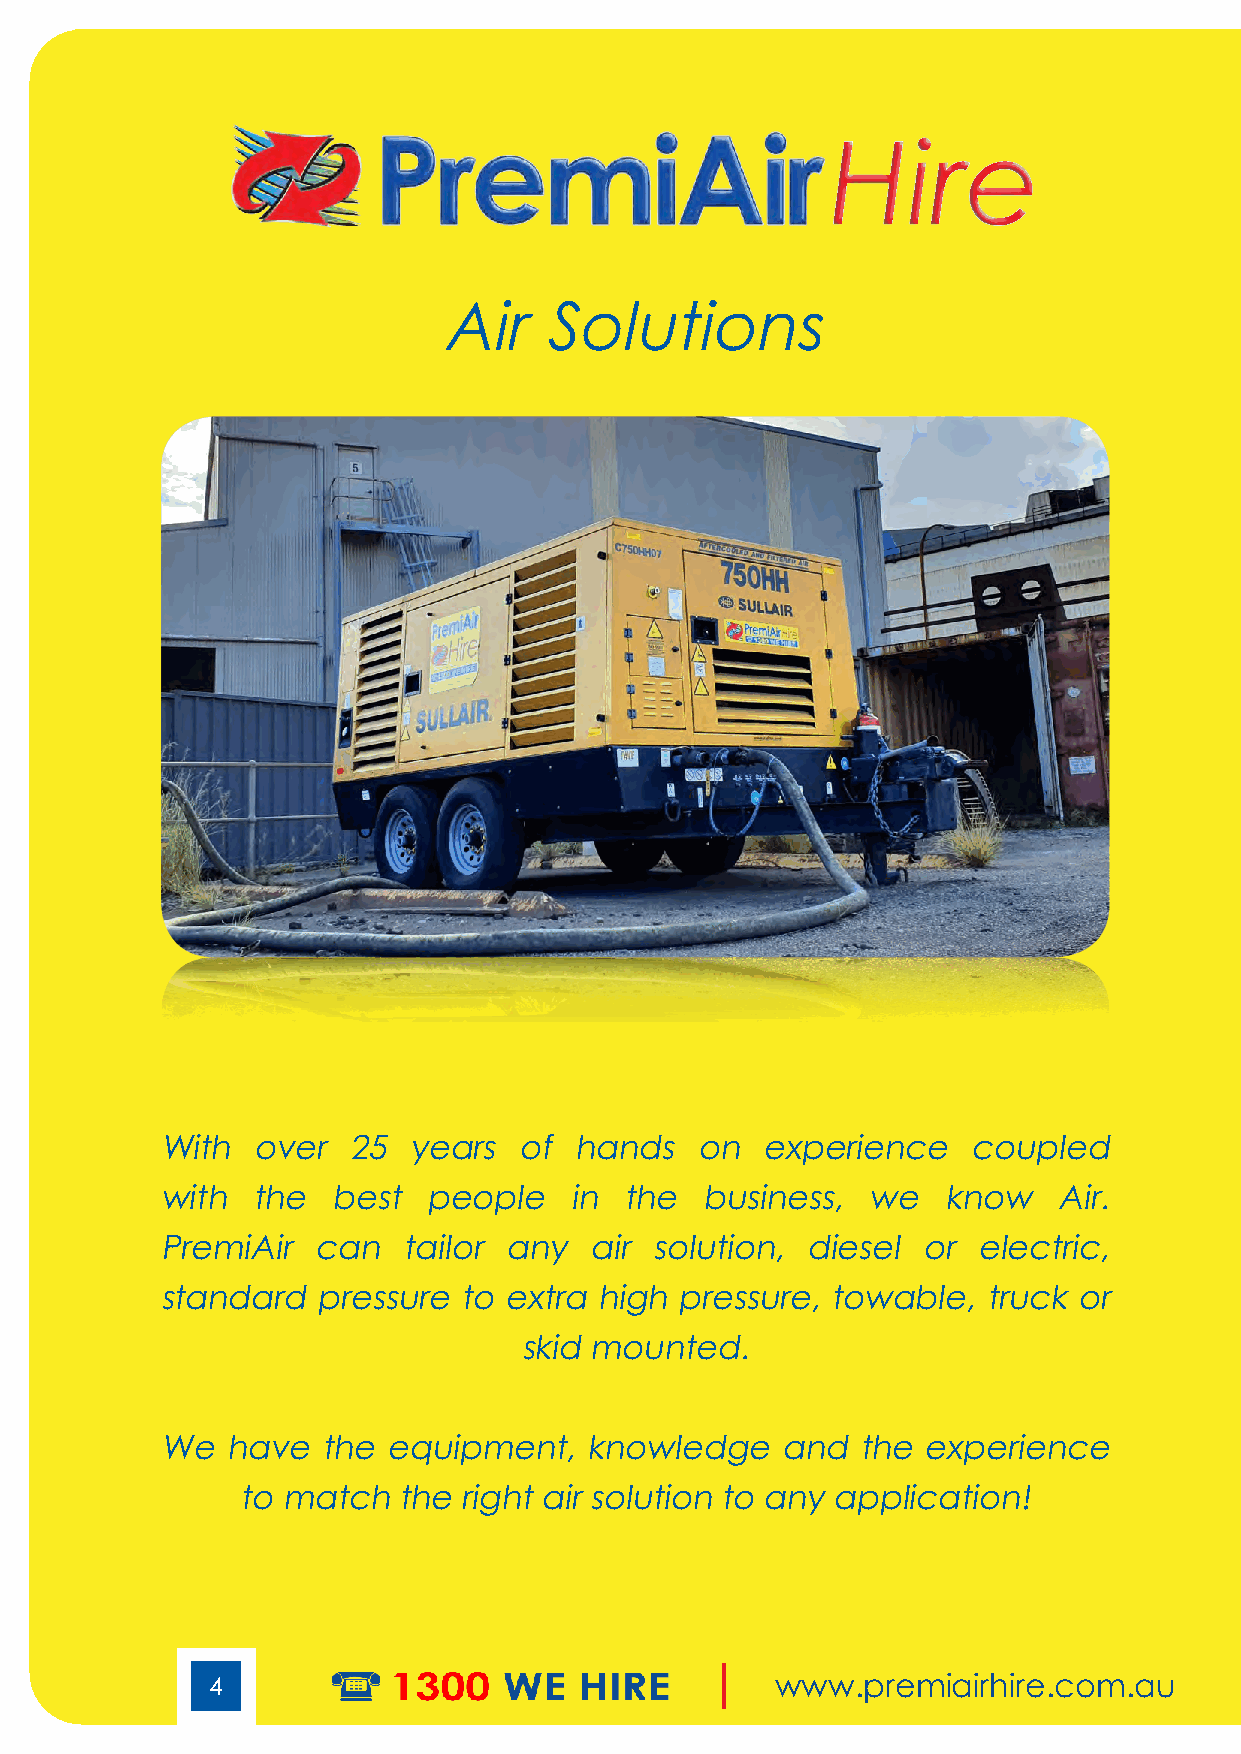
Hire
 Air    So   lutions
 Medium Pressure – Diesel Compressors
 With  over  25  years  of  hands   on  experience    coupled
 with  the  best  people    in the   business, we   know    Air.
 PremiAir  can   tailor any  air solution, diesel  or  electric,
 standard  pressure to extra high  pressure, towable,  truck or
 skid mounted.
 We  have  the  equipment,   knowledge    and  the experience
 to match  the right air solution to any application!
 4                                    www.premiairhire.com.au